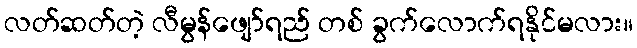
လတ်ဆတ်တဲ့ လီမွန်ဖျော်ရည် တစ် ခွက်လောက်ရနိုင်မလား။